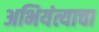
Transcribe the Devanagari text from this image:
अभियंत्याचा